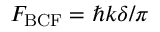
F _ { \mathrm { B C F } } = \hbar k \delta / \pi